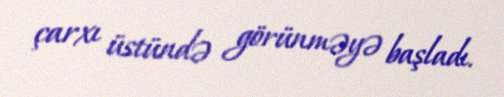
çarxı üstündə görünməyə başladı.